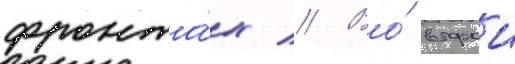
фронта́х // Во́ второи